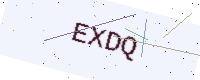
Text: EXDQ